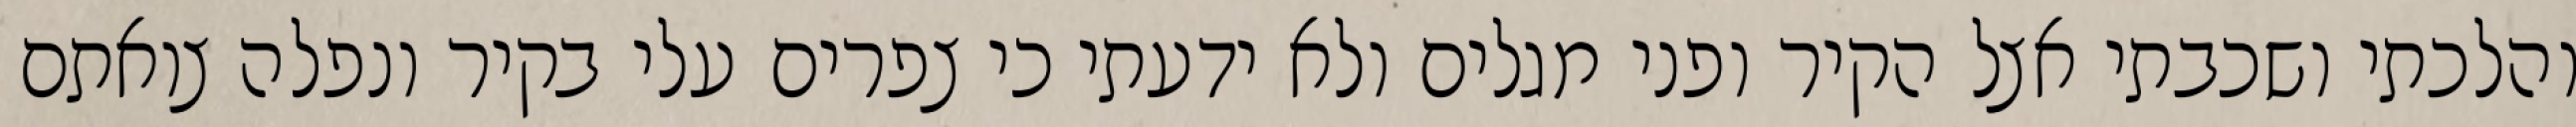
והלכתי ושכבתי אצל הקיר ופני מגלים ולא ידעתי כי צפרים עלי בקיר‏ ונפלה צואתם